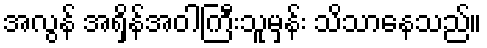
အလွန် အရှိန်အဝါကြီးသူမှန်း သိသာနေသည်။